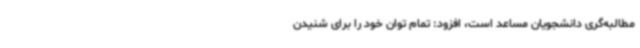
مطالبه‌گری دانشجویان مساعد است، افزود: تمام توان خود را برای شنیدن